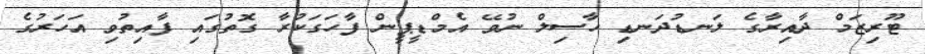
ޓޫރިޒަމް ދާއިރާގެ ލަނޑުދަނޑި ހާސިލް ނުވޭ އެމްޑީޕީން ފާހަގަކުރާ ގޮތުގައި ފާއިތުވި އަހަރުގެ